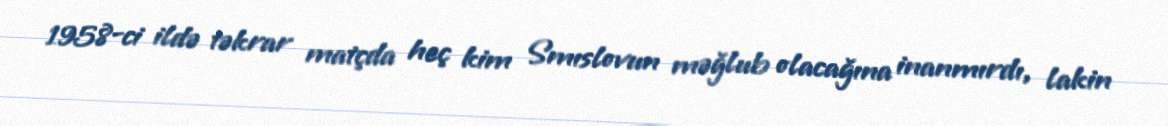
1958-ci ildə təkrar matçda heç kim Smıslovun məğlub olacağına inanmırdı, lakin